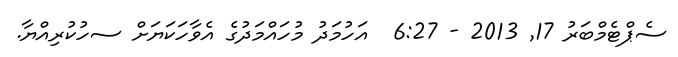
ސެޕްޓެމްބަރު 17